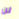
لن